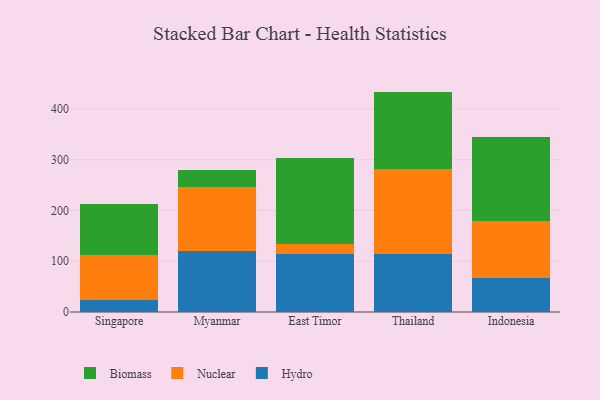
{"axis": {"x": "Country", "y": "Satisfaction Score"}, "legend": ["Biomass", "Hydro", "Nuclear"], "data": [{"x": "Singapore", "y": 24.6, "type": "Hydro"}, {"x": "Singapore", "y": 88.5, "type": "Nuclear"}, {"x": "Singapore", "y": 100.6, "type": "Biomass"}, {"x": "Myanmar", "y": 120.0, "type": "Hydro"}, {"x": "Myanmar", "y": 127.0, "type": "Nuclear"}, {"x": "Myanmar", "y": 33.6, "type": "Biomass"}, {"x": "East Timor", "y": 115.2, "type": "Hydro"}, {"x": "East Timor", "y": 19.2, "type": "Nuclear"}, {"x": "East Timor", "y": 169.9, "type": "Biomass"}, {"x": "Thailand", "y": 113.4, "type": "Hydro"}, {"x": "Thailand", "y": 168.5, "type": "Nuclear"}, {"x": "Thailand", "y": 152.3, "type": "Biomass"}, {"x": "Indonesia", "y": 67.5, "type": "Hydro"}, {"x": "Indonesia", "y": 111.0, "type": "Nuclear"}, {"x": "Indonesia", "y": 166.7, "type": "Biomass"}]}